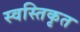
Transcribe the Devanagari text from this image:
स्वस्तिकृत